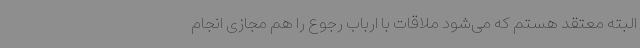
البته معتقد هستم که می‌شود ملاقات با ارباب رجوع را هم مجازی انجام